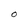
Character: O